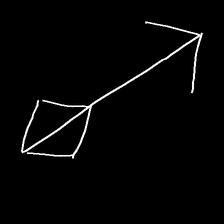
Glyph: focus